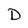
Character: D